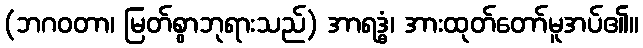
(ဘဂဝတာ၊ မြတ်စွာဘုရားသည်) အာရဒ္ဓံ၊ အားထုတ်တော်မူအပ်၏။